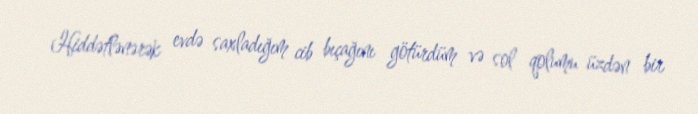
Hiddətlənərək evdə saxladığım cib bıçağını götürdüm və sol qolumu üzdən bir